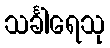
သင်္ခါရေသု